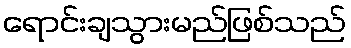
ရောင်းချသွားမည်ဖြစ်သည်